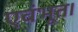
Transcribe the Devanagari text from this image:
एवंभूत।